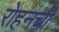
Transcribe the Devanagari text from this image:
रोहनची